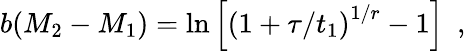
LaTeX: b(M_{2}-M_{1})=\ln\left[\left(1+\tau/t_{1}\right)^{1/r}-1\right]\, \, \, ,